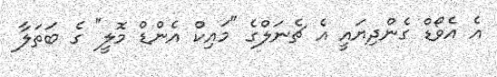
އެ އެވޯޑް ގެންދިޔައީ އެ ޗެނަލްގެ "މައިކް އެންޑް މޮލީ" ގެ ބަތަލާ